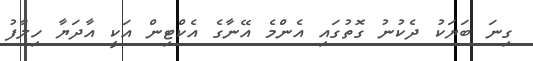
ގިނަ ބަޔަކު ދެކުނު ގޮތުގައި އެންމެ އޭނާގެ އެކްޓިން އަކީ އާދަޔާ ހިލާފު